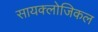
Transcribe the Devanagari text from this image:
सायक्लोजिकल